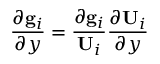
\frac { \partial \mathbf { g } _ { i } } { \partial y } = \frac { \partial \mathbf { g } _ { i } } { \mathbf { U } _ { i } } \frac { \partial \mathbf { U } _ { i } } { \partial y }